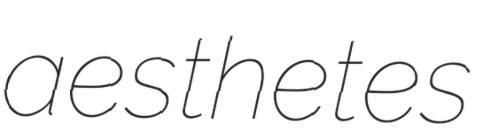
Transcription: aesthetes